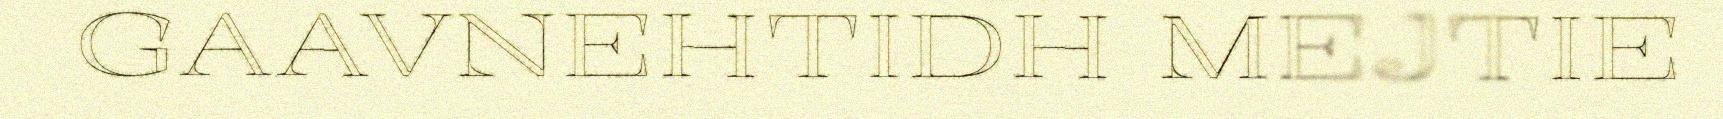
GAAVNEHTIDH MEJTIE